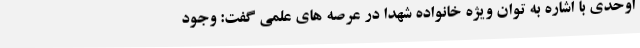
اوحدی با اشاره به توان ویژه خانواده شهدا در عرصه های علمی گفت: وجود